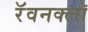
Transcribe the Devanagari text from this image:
रॅवनक्लॉ